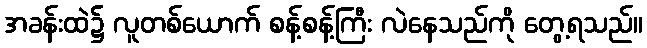
အခန်းထဲ၌ လူတစ်ယောက် စန့်စန့်ကြီး လဲနေသည်ကို တွေ့ရသည်။